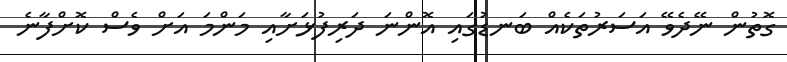
ގޮތުން ނޭދެވޭ އަސަރުތަކެއް ބަނޑުގައި އޮންނަ ދަރިފުޅަށާއި މަންމަ އަށް ވެސް ކޮށްފާނެ